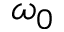
\omega _ { 0 }